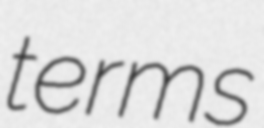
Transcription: terms